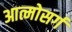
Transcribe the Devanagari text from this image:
आत्मोसर्ग